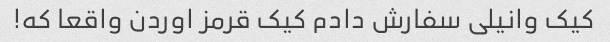
کیک وانیلی سفارش دادم کیک قرمز اوردن واقعا که!